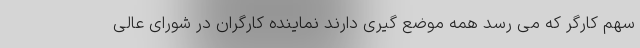
سهم کارگر که می رسد همه موضع گیری دارند نماینده کارگران در شورای عالی